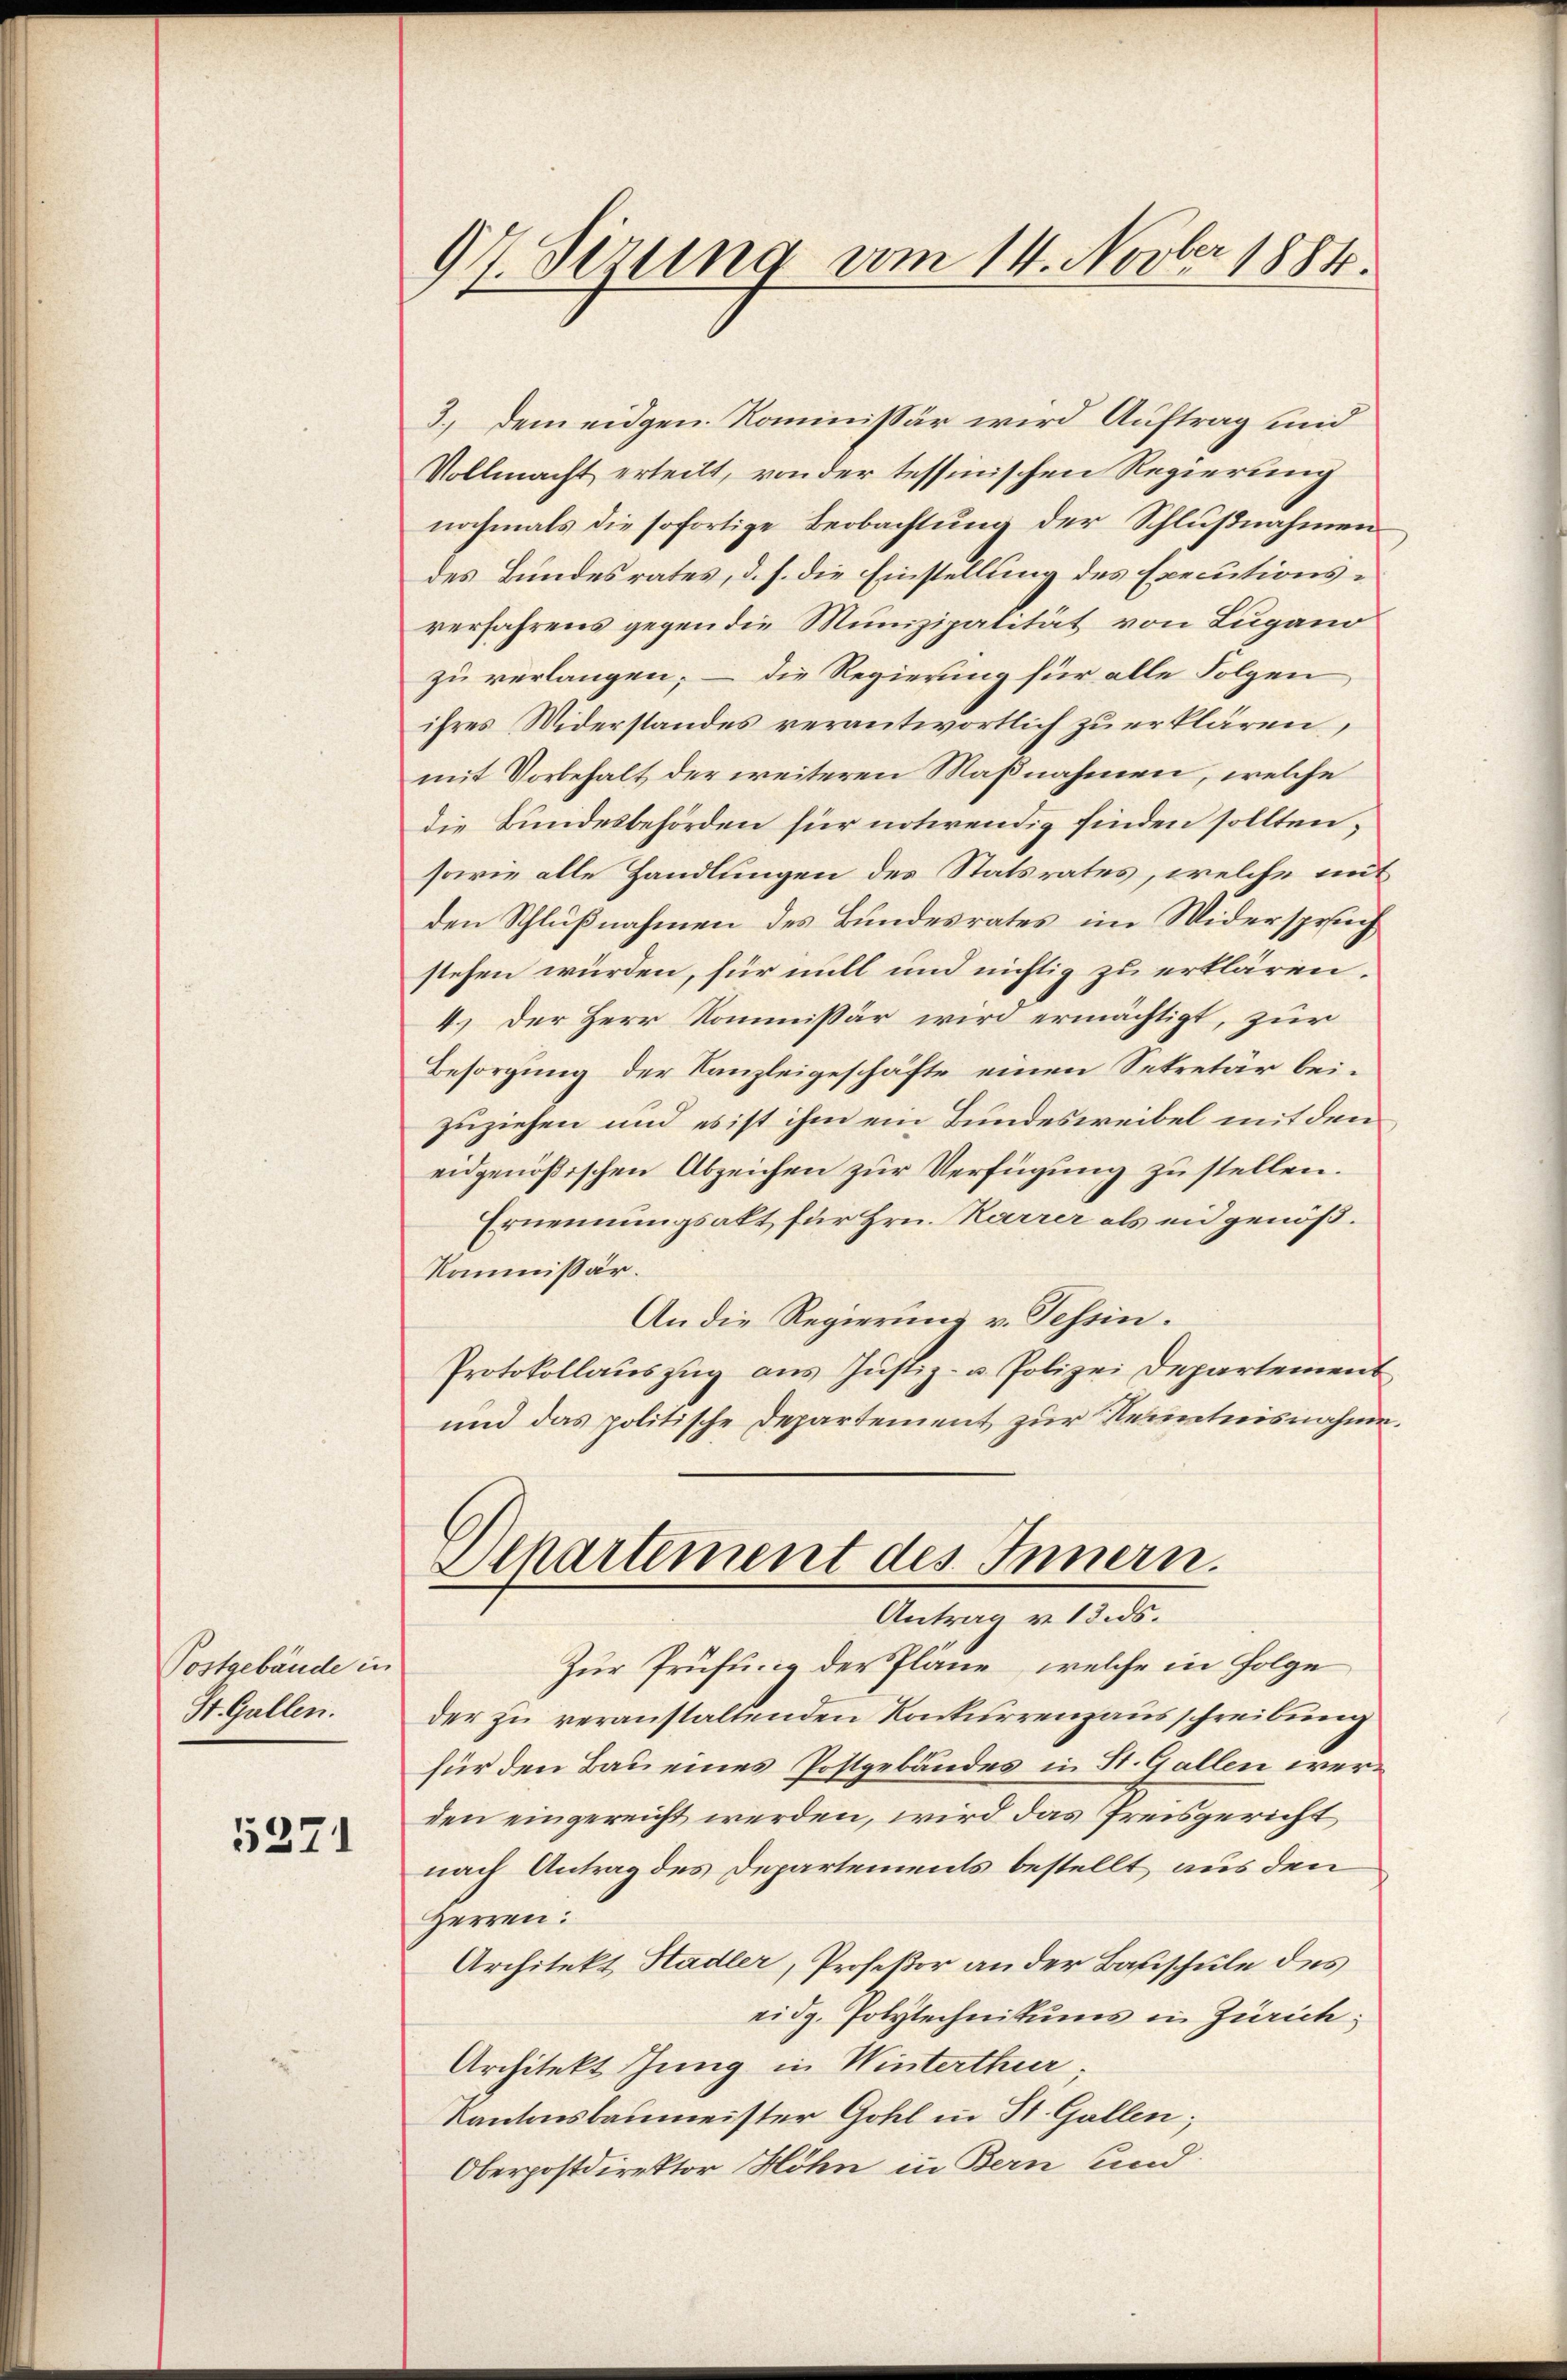
Postgebäude in
St. Gallen.

5371

97. Sizung vom 14. Novber 1884.

3., dem eidgen. Kommissär wird Auftrag und
Vollmacht erteilt, von der tessinischen Regierung
nochmals die sofortige Beobachtung der Schlußnahmen
des Bundesrates, d. h. die Einstellung des Executionsverfahrens gegen die Munizipalität von Lugano
zu verlangen; – die Regierung für alle Folgen
ihres Widerstandes verantwortlich zu erklären,
mit Vorbehalt der weiteren Maßnahmen, welche
die Bundesbehörden für notwendig finden sollten;
sowie alle Handlungen des Statsrates, welche mit
den Schlußnahmen des Bundesrates im Widersprug
stehen würden, für mill und nichtig zu erklären.
4.) Der Herr Kommissär wird ermächtigt, zur
Besorgung der Kanzleigeschäfte einen Sekretär beizuziehen und es ist ihm ein Bundesweibel mit den
eidgenößischen Abzeichen zŭr Verfügung zu stellen.
Ernennungsakt für Hrn. Karrer als en genöß¬
Kommissär.
An die Regierung v. Tessin.
Protokollauszug aus Justiz- u. Polizei Departement
und das politische Departement zur Kenntnisnahme.
Departement des Innern.
Antrag v. 13. ds.
Zur Prüfung der Pläne, welche in Folge
der zu veranstaltenden Konkurrenzausschreibung
für den Bau eines Postgebäudes in St. Gallen werden eingereicht werden, wird das Preisgericht
nach Antrag des Departements bestellt, aus den
Herren:
Architekt, Stadler, Profeßor an der Bauschule des
eidg. Polytechnikums in Zürich;
Architekt Jung in Winterthur;
Kantonsbaumeister Gohl in St. Gallen;
Oberpostdirektor Höhn in Bern und